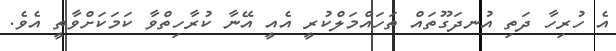
އެ ހުރިހާ ދަތި އުނދަގޫތައް ތަަހައްމަލްކުރީ އެއީ އޭނާ ކުރާހިތްވާ ކަމަކަށްވާތީ އެވެ.